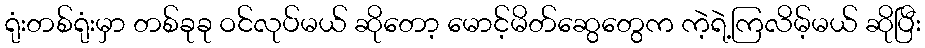
ရုံးတစ်ရုံးမှာ တစ်ခုခု ဝင်လုပ်မယ် ဆိုတော့ မောင့်မိတ်ဆွေတွေက ကဲ့ရဲ့ကြလိမ့်မယ် ဆိုပြီး